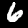
Digit: 6